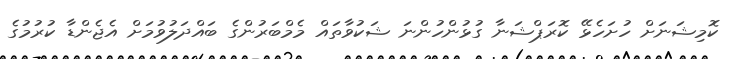
ކޮމިޝަނަށް ހުށަހެޅޭ ކޮރަޕްޝަނާ ގުޅުންހުންނަ ޝަކުވާތައް މެމްބަރުންގެ ބައްދަލުވުމަށް އެޖެންޑާ ކުރުމުގެ